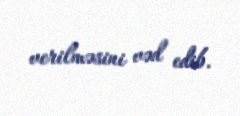
verilməsini vəd edib.